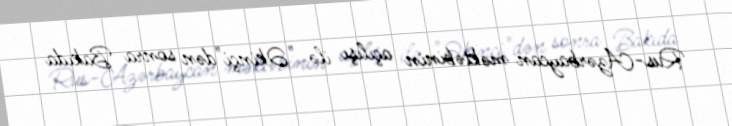
Rus-Azərbaycan məktəbinin açılışı ilə "Əkinçi"dən sonra Bakıda